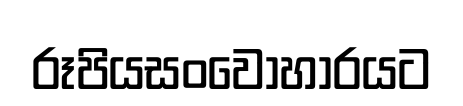
රූපියසංවොහාරයට